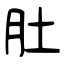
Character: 肚